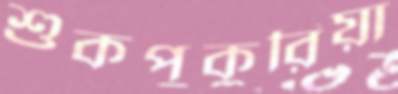
শুকপুকুরিয়া